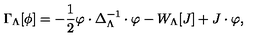
\Gamma _ { \Lambda } [ \phi ] = - \frac { 1 } { 2 } \varphi \cdot \Delta _ { \Lambda } ^ { - 1 } \cdot \varphi - W _ { \Lambda } [ J ] + J \cdot \varphi ,